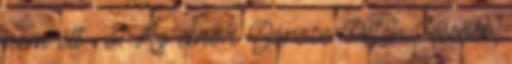
nem élt . 2 Az el­nök Boross Péter. Később,